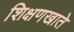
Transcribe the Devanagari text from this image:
शिक्षणखाते